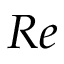
R e